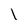
Character: l